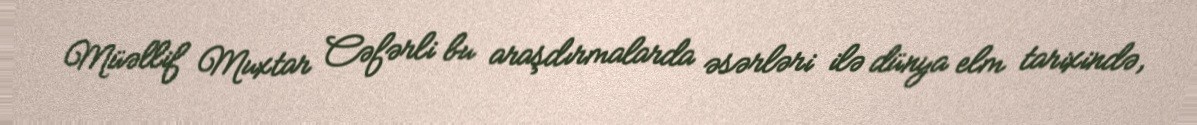
Müəllif Muxtar Cəfərli bu araşdırmalarda əsərləri ilə dünya elm tarixində,